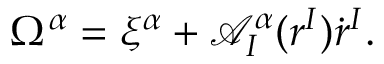
\Omega ^ { \alpha } = \xi ^ { \alpha } + \mathcal { A } _ { I } ^ { \alpha } ( r ^ { I } ) \dot { r } ^ { I } .